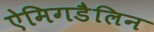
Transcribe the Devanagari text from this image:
ऐमिगडैलिन